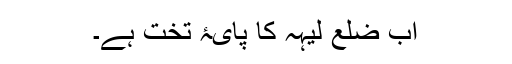
اب ضلع لیہہ کا پایۂ تخت ہے۔